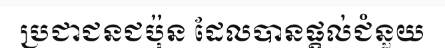
ប្រជាជនជប៉ុន ដែលបានផ្តល់ជំនួយ